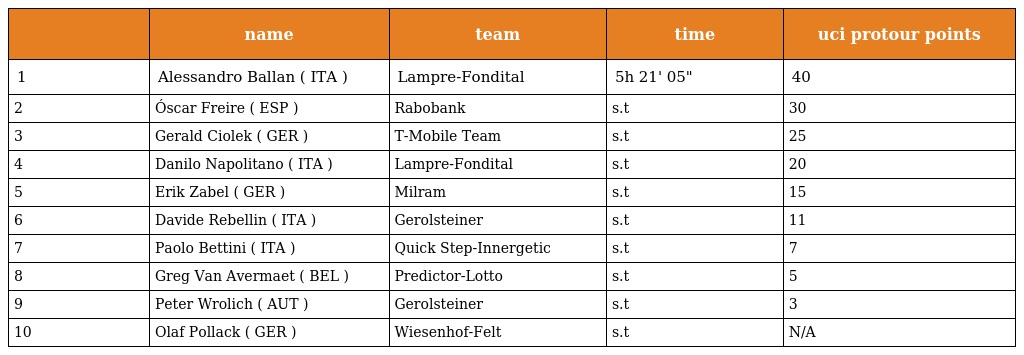
|  | name | team | time | uci protour points |
 | --- | --- | --- | --- | --- |
 | 1 | Alessandro Ballan ( ITA ) | Lampre-Fondital | 5h 21' 05" | 40 |
 | 2 | Óscar Freire ( ESP ) | Rabobank | s.t | 30 |
 | 3 | Gerald Ciolek ( GER ) | T-Mobile Team | s.t | 25 |
 | 4 | Danilo Napolitano ( ITA ) | Lampre-Fondital | s.t | 20 |
 | 5 | Erik Zabel ( GER ) | Milram | s.t | 15 |
 | 6 | Davide Rebellin ( ITA ) | Gerolsteiner | s.t | 11 |
 | 7 | Paolo Bettini ( ITA ) | Quick Step-Innergetic | s.t | 7 |
 | 8 | Greg Van Avermaet ( BEL ) | Predictor-Lotto | s.t | 5 |
 | 9 | Peter Wrolich ( AUT ) | Gerolsteiner | s.t | 3 |
 | 10 | Olaf Pollack ( GER ) | Wiesenhof-Felt | s.t | N/A |